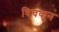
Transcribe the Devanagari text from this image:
विचकून